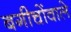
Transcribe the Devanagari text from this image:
बगीचोंवाले